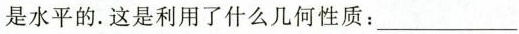
是水平的.这是利用了什么几何性质:__